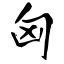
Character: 匈